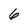
Character: 6